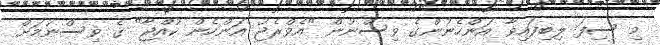
މި ސިފަ ލިބިފައިވާ އަންހެނުންގެ ވިސްނުން "އެވްރެޖު އަންހެން ކުއްޖާ" ގެ ވިސްނުމަށް